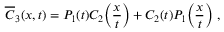
\overline { { C } } _ { 3 } ( x , t ) = P _ { 1 } ( t ) C _ { 2 } \biggl ( \frac { x } { t } \biggr ) + C _ { 2 } ( t ) P _ { 1 } \biggl ( \frac { x } { t } \biggr ) \ ,